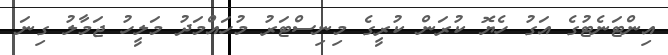
އިންޓަނެޓުގެ އަގު ހެޔޮ ކުރަން ކުރީގެ މިނިސްޓަރު މުހައްމަދު މަލީހު ޖަމާލު ގިނަ